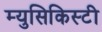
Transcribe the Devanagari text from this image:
म्युसिकिस्टी